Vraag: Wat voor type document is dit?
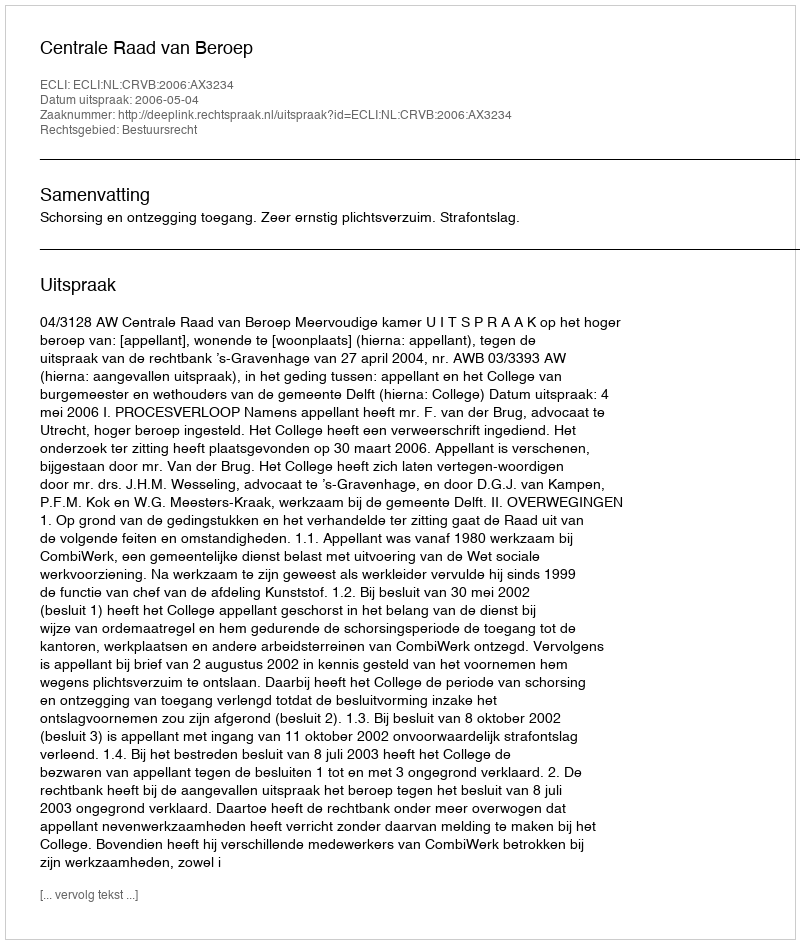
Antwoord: Uitspraak